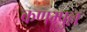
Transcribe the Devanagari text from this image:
कणम्पुल्ल